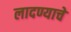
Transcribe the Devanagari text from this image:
लादण्याचे